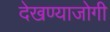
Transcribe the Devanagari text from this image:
देखण्याजोगी